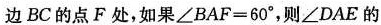
边BC的点F处，如果 $$∠ B A F = 6 0 °$$，则∠DAE